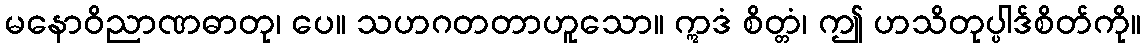
မနောဝိညာဏဓာတု၊ ပေ။ သဟဂတတာဟူသော။ ဣဒံ စိတ္တံ၊ ဤ ဟသိတုပ္ပါဒ်စိတ်ကို။